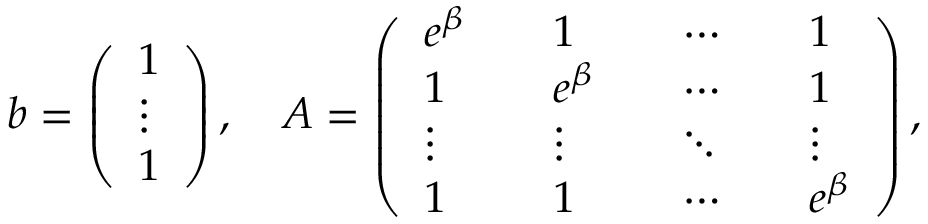
\begin{array} { r } { b = \left( \begin{array} { l } { 1 } \\ { \vdots } \\ { 1 } \end{array} \right) , \quad A = \left( \begin{array} { l l l l l l l } { e ^ { \beta } } & & { 1 } & & { \cdots } & & { 1 } \\ { 1 } & & { e ^ { \beta } } & & { \cdots } & & { 1 } \\ { \vdots } & & { \vdots } & & { \ddots } & & { \vdots } \\ { 1 } & & { 1 } & & { \cdots } & & { e ^ { \beta } } \end{array} \right) , } \end{array}